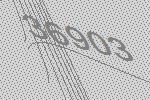
36903